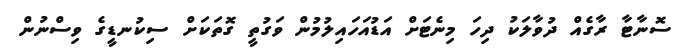
ސޮނާޓާ ރާގެއް ދުވާލަކު ދިހަ މިނެޓަށް އަޑުއަހައިލުމުން ވަގުތީ ގޮތަކަށް ސިކުނޑީގެ ވިސްނުން